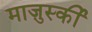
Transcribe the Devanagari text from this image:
माज़ुर्स्की